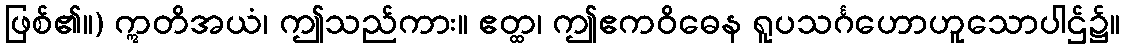
ဖြစ်၏။) ဣတိအယံ၊ ဤသည်ကား။ ဧတ္ထ၊ ဤဧကဝိဓေန ရူပသင်္ဂဟောဟူသောပါဌ်၌။